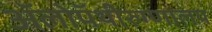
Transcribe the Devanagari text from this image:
ॲलोपॅथीरुग्णालय